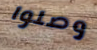
وصلوا